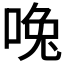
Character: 𰇳